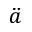
\ddot { a }